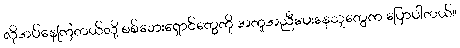
လိုအပ်နေကြတယ်လို့ စစ်ဘေးရှောင်တွေကို အကူအညီပေးနေသူတွေက ပြောပါတယ်။